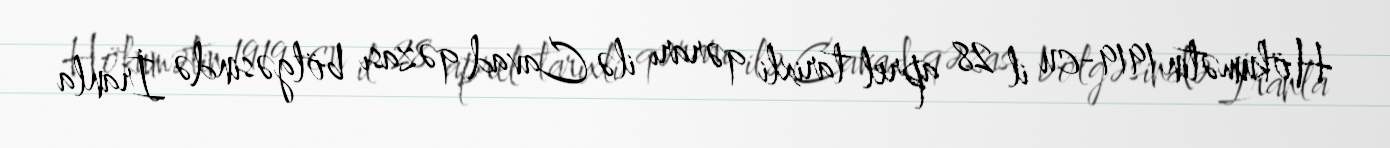
Hökumətin 1919-cu il 28 aprel tarixli qərarı ilə Cavad qəzası bölgəsində İranla